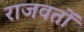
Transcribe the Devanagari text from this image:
राजवतों